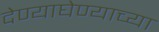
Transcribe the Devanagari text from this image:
देण्याघेण्याच्या